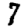
Digit: 7